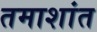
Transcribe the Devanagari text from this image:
तमाशांत